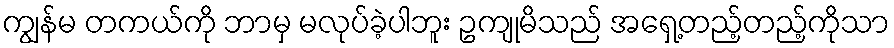
ကျွန်မ တကယ်ကို ဘာမှ မလုပ်ခဲ့ပါဘူး ဥကျုမိသည် အရှေ့တည့်တည့်ကိုသာ